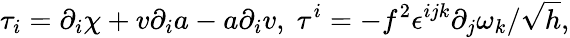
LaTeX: \tau_{i}=\partial_{i}\chi+v\partial_{i}a-a\partial_{i}v,\; \tau^{i}=-f^{2}\epsilon^{ijk}\partial_{j}\omega_{k}/\sqrt{h},